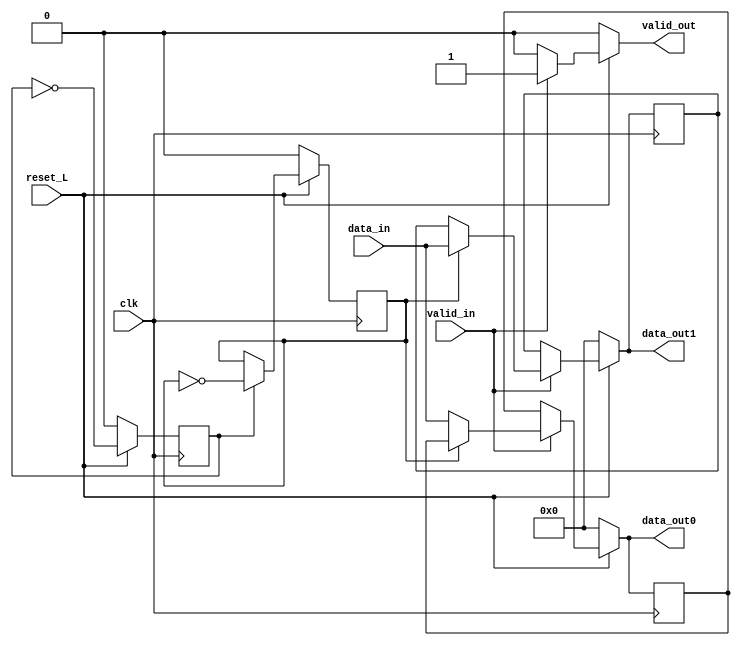
module demux_layer2_cond(
    input clk,
    input reset_L,
    output reg[3:0] data_out0,
    output reg[3:0] data_out1,
    input [3:0] data_in,
    input valid_in,
    output reg valid_out
);

    reg selector;
    reg[3:0] y_0;
    reg[3:0] y_1;
    reg old_select;


/////////////////////////////////////////////////////////////////////////////////////

    //Flip Flops
    
    always @ (posedge clk)
        begin
            if (reset_L == 0)
                begin
                    y_0 <= 'b0000; 
                    y_1 <= 'b0000; 
                end
            else    //reset = 1
                begin
                    if(valid_in == 0)
                        begin
                                y_0 <= y_0;
                                y_1 <= y_1;                                           
                        end
                    else    //valid in == 1
                        begin
                            if(selector == 0)
                            begin
                                y_0 <= data_in;
                                y_1 <= y_1;                                 
                            end
                            if(selector == 1)
                            begin
                                y_0 <= y_0;
                                y_1 <= data_in;                                      
                            end                              
                        end
                        
                end
        end

    always @ (*)
        begin           
            data_out0 = 'h0;
            data_out1 = 'h0;
            valid_out = 0;
            if (reset_L == 1)            
            begin
                data_out0 = y_0;
                data_out1 = y_1;
                valid_out = 0;  
                if(valid_in == 1)
                    begin
                        valid_out = 1;  
                        if(selector == 0)
                            data_out0 = data_in;
                        if(selector == 1)
                            data_out1 = data_in;  
                    end
            end    
        end  
    //SELECTOR
    always @ (posedge clk)
        begin
            if(reset_L == 0)
                begin
                    old_select <= 0;
                    selector <= 0;
                end 
            else
                begin
                    old_select <= ~old_select;
                    if (old_select == 1)
                        selector <= ~selector;
                    else
                        selector <= selector;
                end        
        end
endmodule